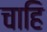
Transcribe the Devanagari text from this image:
चाहि